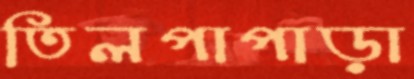
তিলপাপাড়া